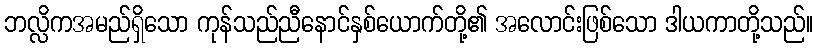
ဘလ္လိကအမည်ရှိသော ကုန်သည်ညီနောင်နှစ်ယောက်တို့၏ အလောင်းဖြစ်သော ဒါယကာတို့သည်။